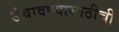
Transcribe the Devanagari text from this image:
उंचावण्यासाठीची